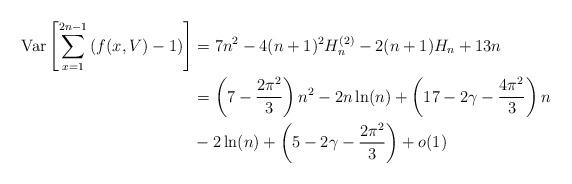
LaTeX: \begin{align*}\operatorname*{Var}\left[{\displaystyle\sum\limits_{x=1}^{2n-1}}\left( f(x,V)-1\right) \right] & =7n^{2}-4(n+1)^{2}H_{n}^{(2)}-2(n+1)H_{n}+13n\\& =\left( 7-\frac{2\pi^{2}}{3}\right) n^{2}-2n\ln(n)+\left( 17-2\gamma-\frac{4\pi^{2}}{3}\right) n\\& -2\ln(n)+\left( 5-2\gamma-\frac{2\pi^{2}}{3}\right) +o(1)\end{align*}